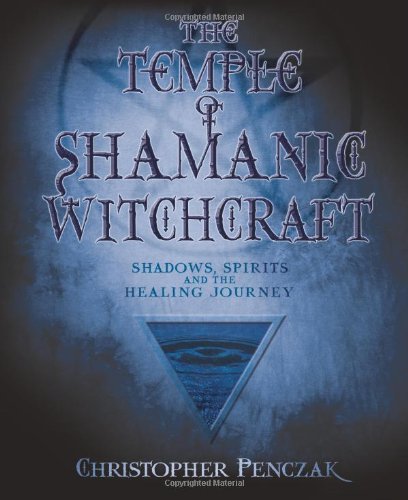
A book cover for The Temple of Shamanic Witchcraft: Shadows, Spirits and the Healing Journey (Penczak Temple Series); Christopher Penczak; Religion & Spirituality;